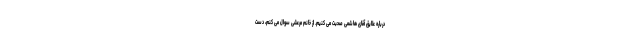
درباره علایق آقای هاشمی صحبت می کنیم. از خانم مرعشی سوال می کنم، دست